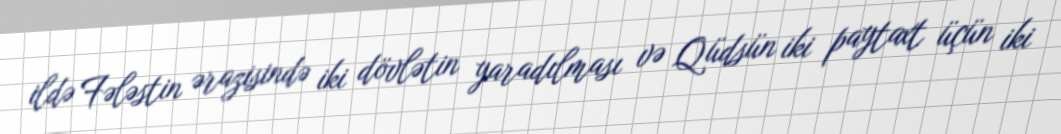
ildə Fələstin ərazisində iki dövlətin yaradılması və Qüdsün iki paytaxt üçün iki